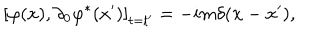
\left[ \varphi ( x ) , \partial _ { 0 } \varphi ^ { * } ( x ^ { \prime } ) \right] _ { t = t ^ { \prime } } = - i m \delta ( \mathbf { x } - \mathbf { x } ^ { \prime } ) ,